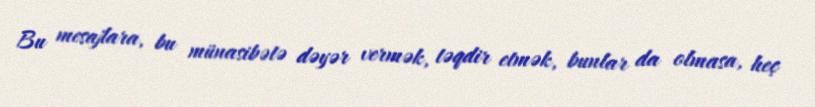
Bu mesajlara, bu münasibətə dəyər vermək, təqdir etmək, bunlar da olmasa, heç